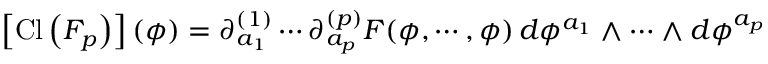
\left[ \mathrm { C l } \left( F _ { p } \right) \right] ( \phi ) = \partial _ { a _ { 1 } } ^ { ( 1 ) } \cdots \partial _ { a _ { p } } ^ { ( p ) } F ( \phi , \cdots , \phi ) \, d \phi ^ { a _ { 1 } } \wedge \cdots \wedge d \phi ^ { a _ { p } }